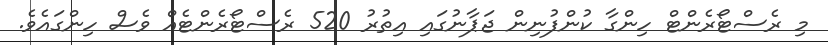
މި ރެސްޓޯރެންޓް ހިންގާ ކުންފުނިން ޖަޕާނުގައި އިތުރު 520 ރެސްޓޯރެންޓެއް ވެސް ހިންގައެވެ.